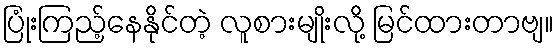
ပြုံးကြည့်နေနိုင်တဲ့ လူစားမျိုးလို့ မြင်ထားတာဗျ။